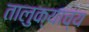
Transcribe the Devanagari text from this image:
तालुक्याच्य